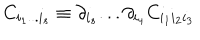
C _ { i _ { 1 } . . . i _ { s } } \equiv \partial _ { i _ { s } } . . . \partial _ { i _ { 4 } } C _ { i _ { 1 } i _ { 2 } i _ { 3 } }